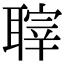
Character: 䏁